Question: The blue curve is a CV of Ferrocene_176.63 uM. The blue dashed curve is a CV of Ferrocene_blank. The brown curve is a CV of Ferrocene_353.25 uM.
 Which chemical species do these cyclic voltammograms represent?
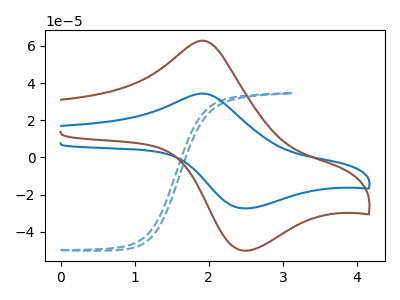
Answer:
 <answer>The blue curve is labeled "Ferrocene_176.63 uM". The blue dashed curve is labeled "Ferrocene_blank". The brown curve is labeled "Ferrocene_353.25 uM".</answer>
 <eval></eval>